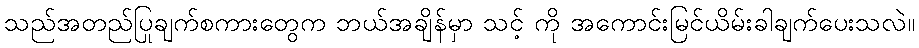
သည်အတည်ပြုချက်စကားတွေက ဘယ်အချိန်မှာ သင့် ကို အကောင်းမြင်ယိမ်းခါချက်ပေးသလဲ။